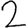
Digit: 2